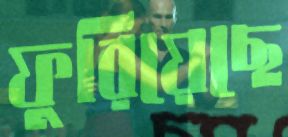
ফুরিয়েছে